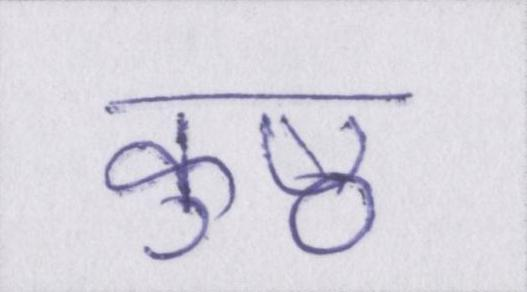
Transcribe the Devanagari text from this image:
कुष्ठ